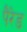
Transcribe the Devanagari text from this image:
पैरेड